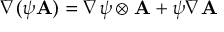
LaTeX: \nabla ( \psi \mathbf { A } ) = \nabla \psi \otimes \mathbf { A } + \psi \nabla \mathbf { A }